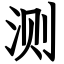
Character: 测